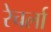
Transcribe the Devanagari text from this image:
रेचर्ला